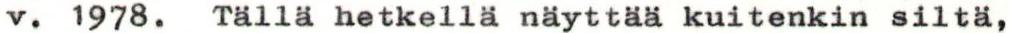
v. 1978. Tällä hetkellä näyttää kuitenkin siltä,